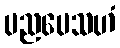
ပညပေသဟံ